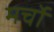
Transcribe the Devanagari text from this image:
मर्चो